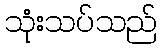
သုံးသပ်သည်